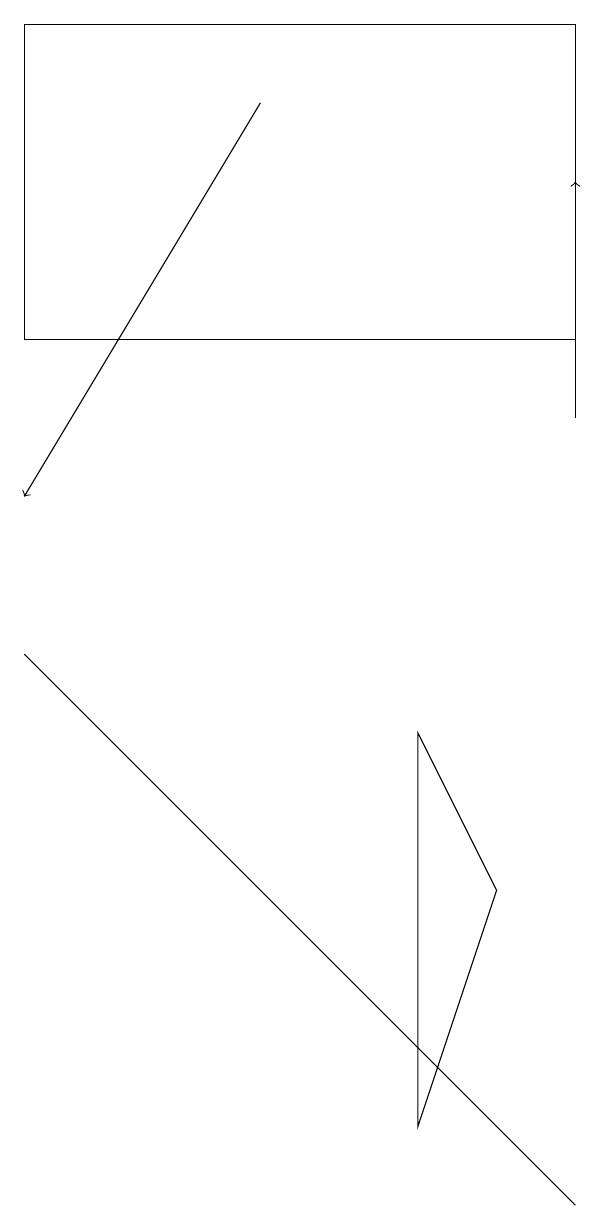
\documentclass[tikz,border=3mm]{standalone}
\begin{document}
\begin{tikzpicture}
\draw[->] (5,15) -- (2,10);
\draw (9,12) rectangle (2,16);
\draw (7,2) -- (8,5) -- (7,7) -- cycle;
\draw (9,1) -- (2,8) -- (7,3) -- cycle;
\draw[->] (9,11) -- (9,14);
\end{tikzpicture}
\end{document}